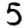
Digit: 5